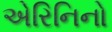
એરિનિનો